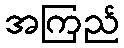
အကြည်